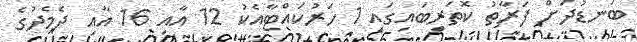
ބަނޑުދަށް ފަރާތު ކޮތަރިބައިގައި 1 ހަރުކައްޓާއެކު 12 އާއި 16 އާއި ދެމެދުގެ